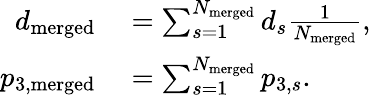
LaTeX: \begin{array}{rl}{d_{\mathrm{{merged}}}}&{{}=\sum_{s=1}^{N_{\mathrm{{merged}}}}{d_{s}}\frac{1}{N_{\mathrm{{merged}}}},}\\ {p_{3,\mathrm{{merged}}}}&{{}=\sum_{s=1}^{N_{\mathrm{{merged}}}}{p_{3,s}}.}\end{array}